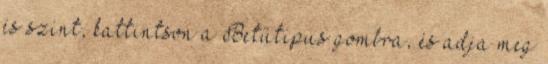
és színt, kattintson a Betűtípus gombra, és adja meg